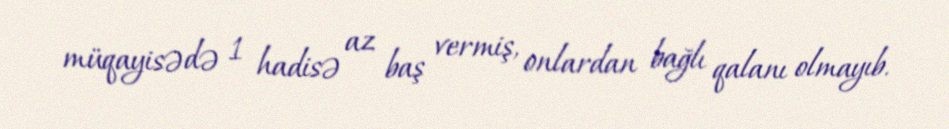
müqayisədə 1 hadisə az baş vermiş, onlardan bağlı qalanı olmayıb.